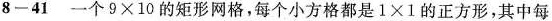
8-41 一个9×10的矩形网格，每个小方格都是1×1的正方形，其中每